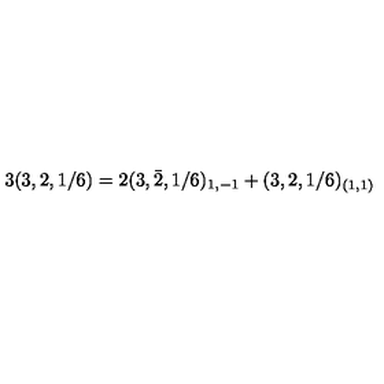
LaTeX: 3 ( 3 , 2 , 1 / 6 ) = 2 ( 3 , \bar { 2 } , 1 / 6 ) _ { 1 , - 1 } + ( 3 , 2 , 1 / 6 ) _ { ( 1 , 1 ) }